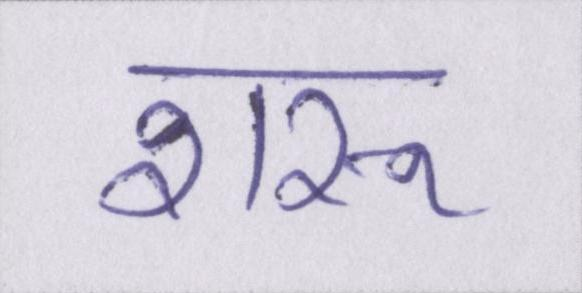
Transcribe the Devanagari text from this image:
शरू